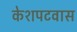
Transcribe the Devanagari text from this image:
केशपटवास